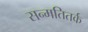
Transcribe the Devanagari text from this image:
सन्मतितर्क